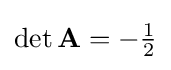
{\textstyle \det \mathbf {A} =-{\frac {1}{2}}}